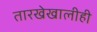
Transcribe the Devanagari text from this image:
तारखेखालीही